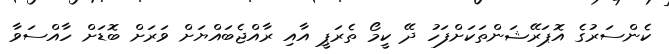
ކެންސަރުގެ އޮޕަރޭޝަންތަކަށްފަހު ދޭ ކީމޯ ތެރަޕީ އާއި ރާއްޖެބައްޔަށް ވަރަށް ބޮޑަށް ހާއްސަވާ